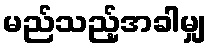
မည်သည့်အခါမျှ